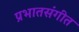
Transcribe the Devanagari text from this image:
प्रभातसंगीत